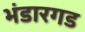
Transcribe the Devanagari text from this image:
भंडारगड